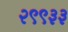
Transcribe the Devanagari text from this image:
२९९३३